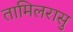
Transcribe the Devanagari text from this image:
तामिलरासु